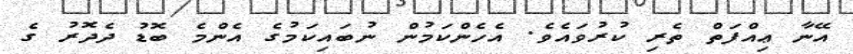
އޭނާ ޢިއްފަތް ތެރި ކުރުވައެވެ. އެހެންކަމުން ނުބައިކަމުގެ އެންމެ ބޮޑު ދެދޮރު ގެ